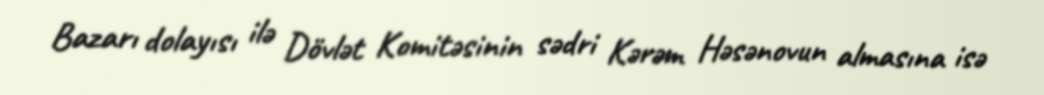
Bazarı dolayısı ilə Dövlət Komitəsinin sədri Kərəm Həsənovun almasına isə